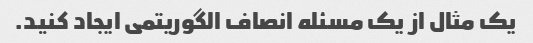
یک مثال از یک مسئله انصاف الگوریتمی ایجاد کنید.